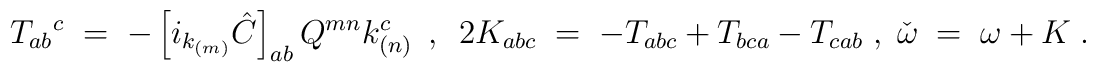
T_{ab}{}^{c} \;=\; -\left[ i_{k_{(m)}}\hat{C}\right]_{ab} Q^{mn}k_{(n)}^{c}  \hspace{.2cm},\hspace{.2cm}  2 K_{abc} \;=\; -T_{abc}+T_{bca}-T_{cab} \; ,\;  \check{\omega} \;=\; \omega + K \; .